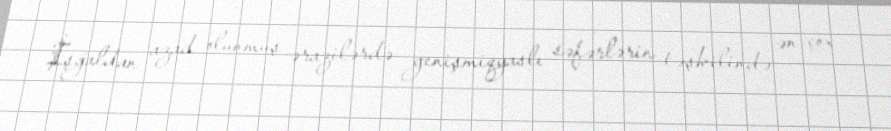
İşğaldan azad olunmuş ərazilərdə genişmiqyaslı səfərlərin təşkilində ən çox